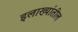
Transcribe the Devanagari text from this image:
इलाख्यांतील